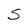
Character: S